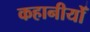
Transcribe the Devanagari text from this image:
कहानीयोँ